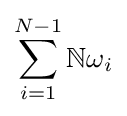
\sum _{i=1}^{N-1}\mathbb {N} \omega _{i}